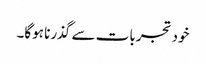
خود تجربات سے گذرنا ہوگا۔